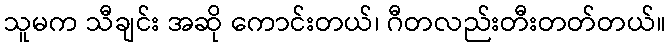
သူမက သီချင်း အဆို ကောင်းတယ်၊ ဂီတလည်းတီးတတ်တယ်။